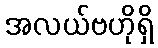
အလယ်ဗဟိုရှိ